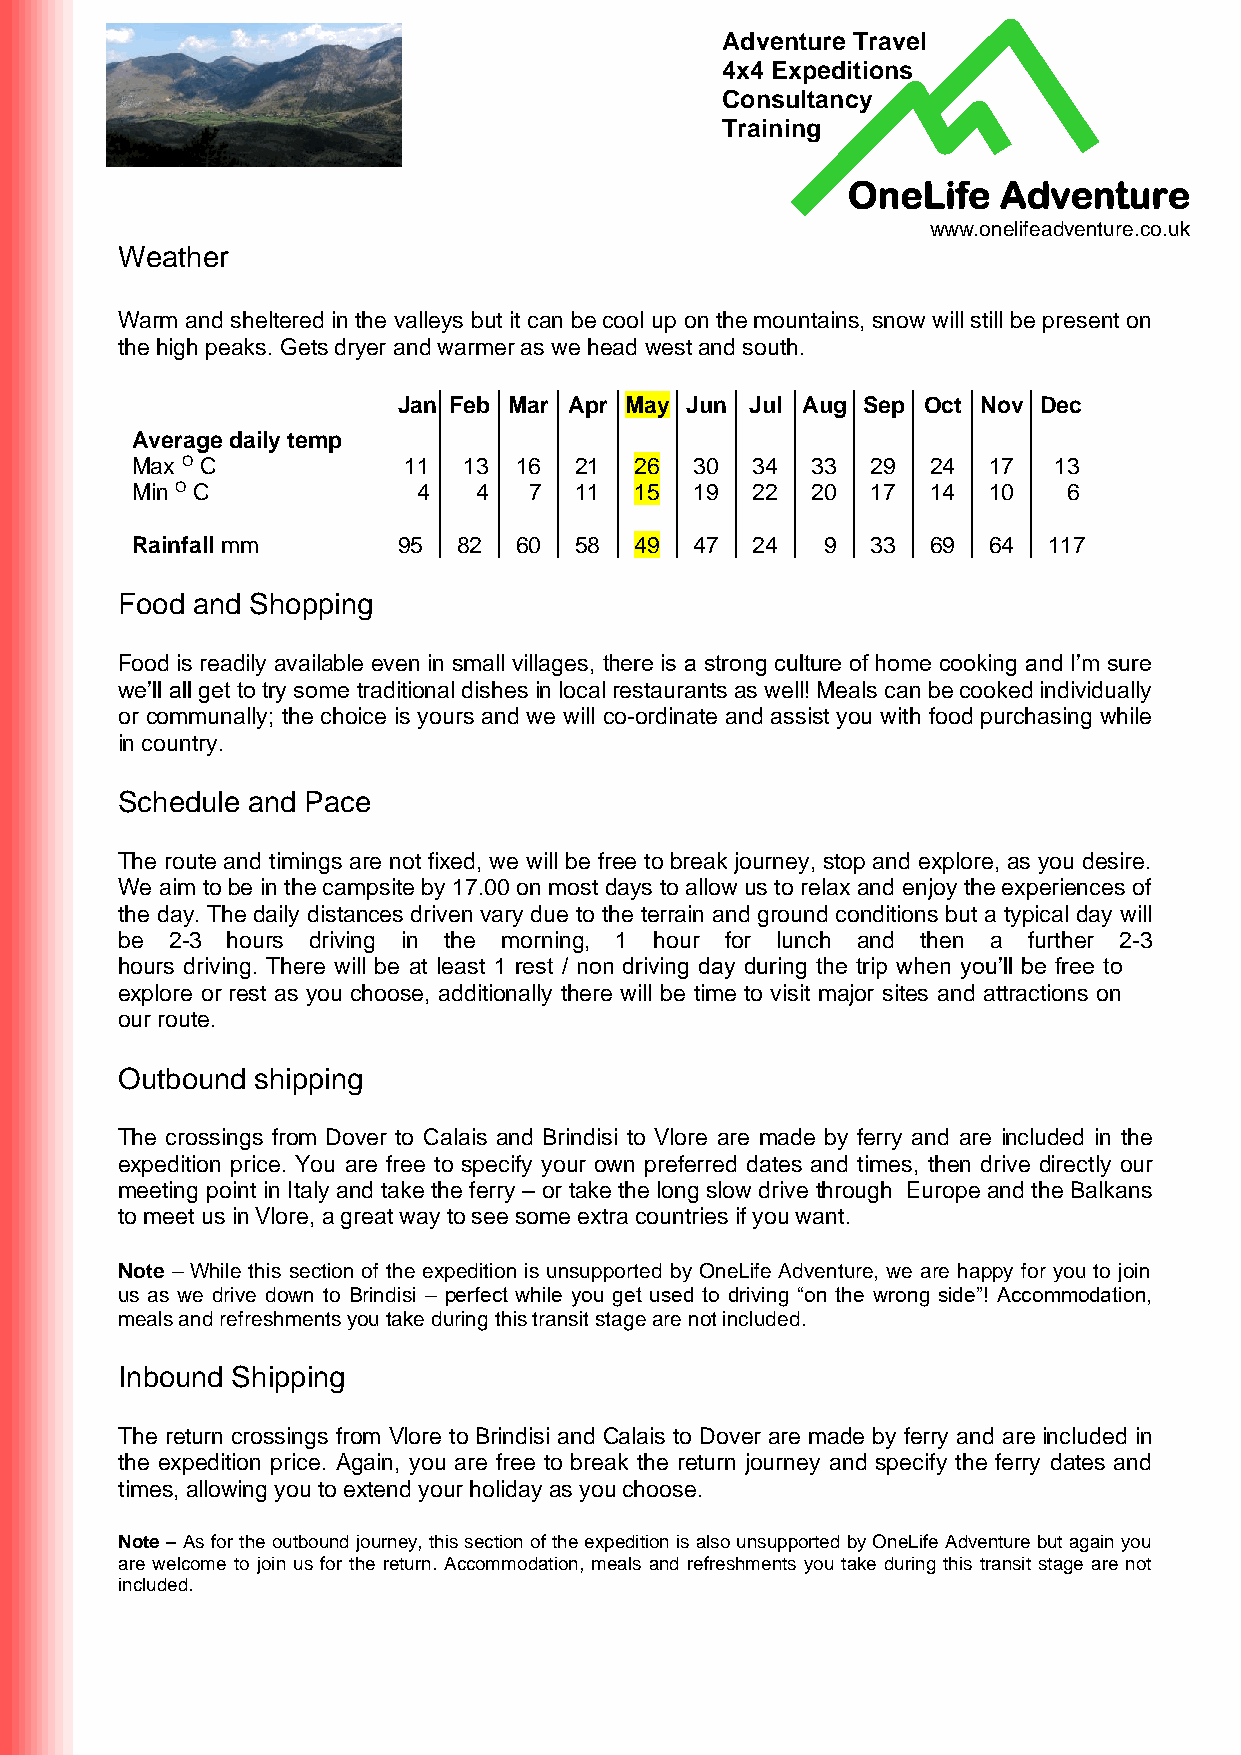
Adventure Travel
 4x4 Expeditions
 Consultancy
 Training
 OneLife   Adventure
 www.onelifeadventure.co.uk
 Weather
 Warm and sheltered in the valleys but it can be cool up on the mountains, snow will still be present on
 the high peaks. Gets dryer and warmer as we head west and south.
 Jan Feb Mar Apr May Jun Jul Aug Sep Oct Nov Dec
 Average daily temp
 Max O C           11  13 16  21  26  30  34  33  29  24 17   13
 Min O C            4  4   7  11  15  19  22  20  17  14 10    6
 Rainfall mm      95  82  60  58  49  47  24   9  33  69 64  117
 Food and Shopping
 Food is readily available even in small villages, there is a strong culture of home cooking and I’m sure
 we’ll all get to try some traditional dishes in local restaurants as well! Meals can be cooked individually
 or communally; the choice is yours and we will co-ordinate and assist you with food purchasing while
 in country.
 Schedule and Pace
 The route and timings are not fixed, we will be free to break journey, stop and explore, as you desire.
 We aim to be in the campsite by 17.00 on most days to allow us to relax and enjoy the experiences of
 the day. The daily distances driven vary due to the terrain and ground conditions but a typical day will
 be 2-3 hours driving in the morning, 1 hour for lunch and then a further 2-3
 hours driving. There will be at least 1 rest / non driving day during the trip when you’ll be free to
 explore or rest as you choose, additionally there will be time to visit major sites and attractions on
 our route.
 Outbound shipping
 The crossings from Dover to Calais and Brindisi to Vlore are made by ferry and are included in the
 expedition price. You are free to specify your own preferred dates and times, then drive directly our
 meeting point in Italy and take the ferry – or take the long slow drive through Europe and the Balkans
 to meet us in Vlore, a great way to see some extra countries if you want.
 Note – While this section of the expedition is unsupported by OneLife Adventure, we are happy for you to join
 us as we drive down to Brindisi – perfect while you get used to driving “on the wrong side”! Accommodation,
 meals and refreshments you take during this transit stage are not included.
 Inbound Shipping
 The return crossings from Vlore to Brindisi and Calais to Dover are made by ferry and are included in
 the expedition price. Again, you are free to break the return journey and specify the ferry dates and
 times, allowing you to extend your holiday as you choose.
 Note – As for the outbound journey, this section of the expedition is also unsupported by OneLife Adventure but again you
 are welcome to join us for the return. Accommodation, meals and refreshments you take during this transit stage are not
 included.